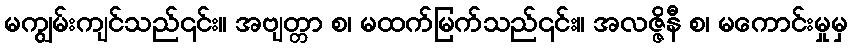
မကျွမ်းကျင်သည်၎င်း။ အဗျတ္တာ စ၊ မထက်မြက်သည်၎င်း။ အလဇ္ဇိနီ စ၊ မကောင်းမှုမှ